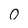
Character: o